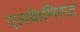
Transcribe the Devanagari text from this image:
एलकेमिस्ट